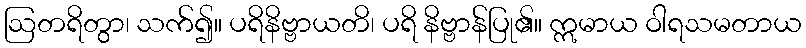
ဩတရိတွာ၊ သက်၍။ ပရိနိဗ္ဗာယတိ၊ ပရိ နိဗ္ဗာန်ပြု၏။ ဣမာယ ဝါရသမတာယ